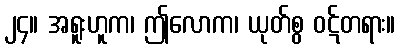
၂၄။ အရူးဟူက၊ ဤလောက၊ ယုတ်စွ ဝဋ်တရား။